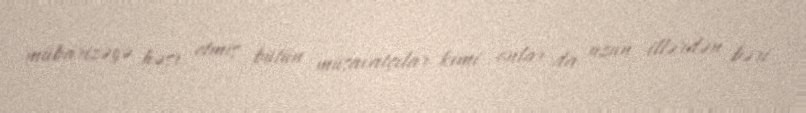
mübarizəyə həsr etmiş bütün müsavatçılar kimi onlar da uzun illərdən bəri